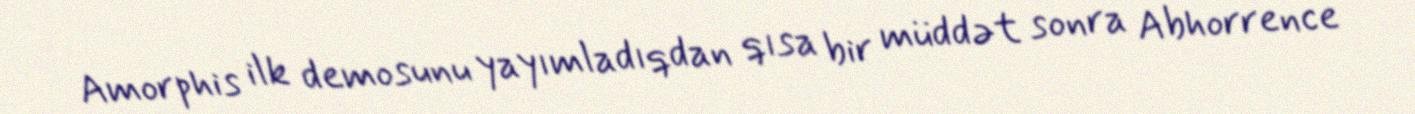
Amorphis ilk demosunu yayımladıqdan qısa bir müddət sonra Abhorrence